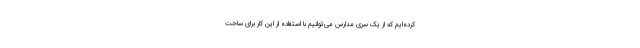
کرده‌ایم که از یک سری مدارس می‌توانیم با استفاده از این کار برای ساخت